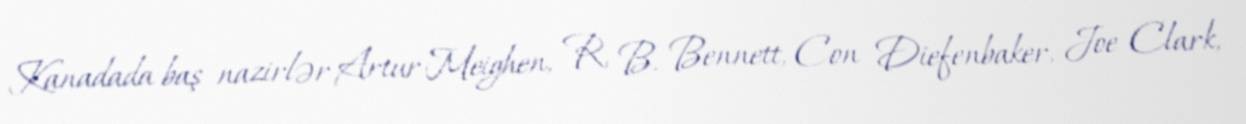
Kanadada baş nazirlər Artur Meighen, R. B. Bennett, Con Diefenbaker, Joe Clark,